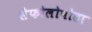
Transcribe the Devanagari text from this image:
सेफोलोपोडा